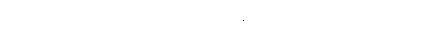
တဒေကဋ္ဌာတိ-ကား။ ဣဓ၊ ဤ ဒဿနေန မဟာတဗ္ဗတိက်၌။ ပဟာနေကဋ္ဌံ၊